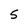
Character: 5